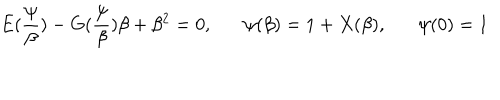
E ( \frac { \psi } { \beta } ) - G ( \frac { \psi } { \beta } ) \beta + \beta ^ { 2 } = 0 , \psi ( \beta ) = 1 + X ( \beta ) , \psi ( 0 ) = 1